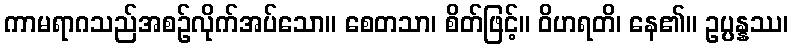
ကာမရာဂသည်အစဉ်လိုက်အပ်သော။ စေတသာ၊ စိတ်ဖြင့်။ ဝိဟရတိ၊ နေ၏။ ဥပ္ပန္နဿ၊